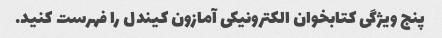
پنج ویژگی کتابخوان الکترونیکی آمازون کیندل را فهرست کنید.